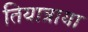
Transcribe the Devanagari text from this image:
तियात्राया